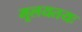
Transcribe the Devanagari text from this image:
मूलयतयः